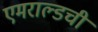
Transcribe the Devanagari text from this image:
एमराल्डची